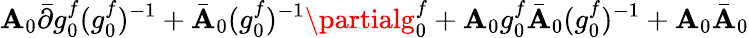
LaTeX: \mathbf{A}_{0}\bar{{\partial}}g_{0}^{f}({g_{0}^{f}})^{-1}+\bar{{\mathbf{A}}}_{0}({g_{0}^{f}})^{-1}\partialg_{0}^{f}+\mathbf{A}_{0}g_{0}^{f}\bar{{\mathbf{A}}}_{0}({g_{0}^{f}})^{-1}+\mathbf{A}_{0}\bar{{\mathbf{A}}}_{0}